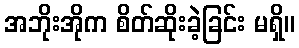
အဘိုးအိုက စိတ်ဆိုးခဲ့ခြင်း မရှိ။